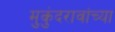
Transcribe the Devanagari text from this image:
मुकुंदरावांच्या